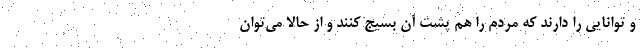
و توانایی را دارند که مردم را هم پشت آن بسیج کنند و از حالا می‌توان